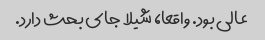
عالی بود. واقعا، شیلا جای بحث دارد.